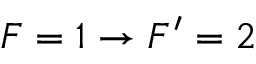
F = 1 \rightarrow F ^ { \prime } = 2